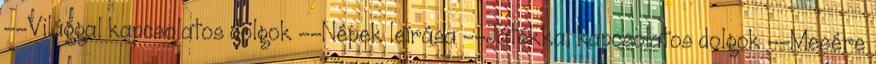
--Világgal kapcsolatos dolgok --Népek leírása --Játékkal kapcsolatos dolgok --Mesére